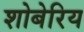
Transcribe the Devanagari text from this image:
शोबेरिय